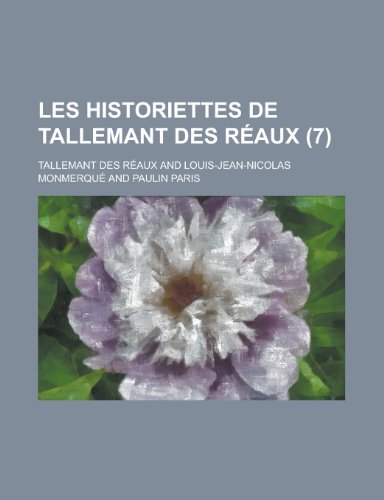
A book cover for Les Historiettes de Tallemant Des Reaux (7 ); United States Dept of Interior; Biographies & Memoirs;